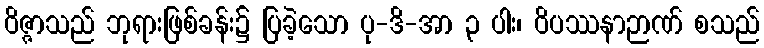
ဝိဇ္ဇာသည် ဘုရားဖြစ်ခန်း၌ ပြခဲ့သော ပု-ဒိ-အာ ၃ ပါး၊ ဝိပဿနာဉာဏ် စသည်